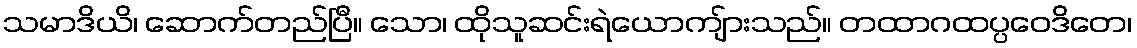
သမာဒိယိ၊ ဆောက်တည်ပြီ။ သော၊ ထိုသူဆင်းရဲယောကျ်ားသည်။ တထာဂထပ္ပဝေဒိတေ၊